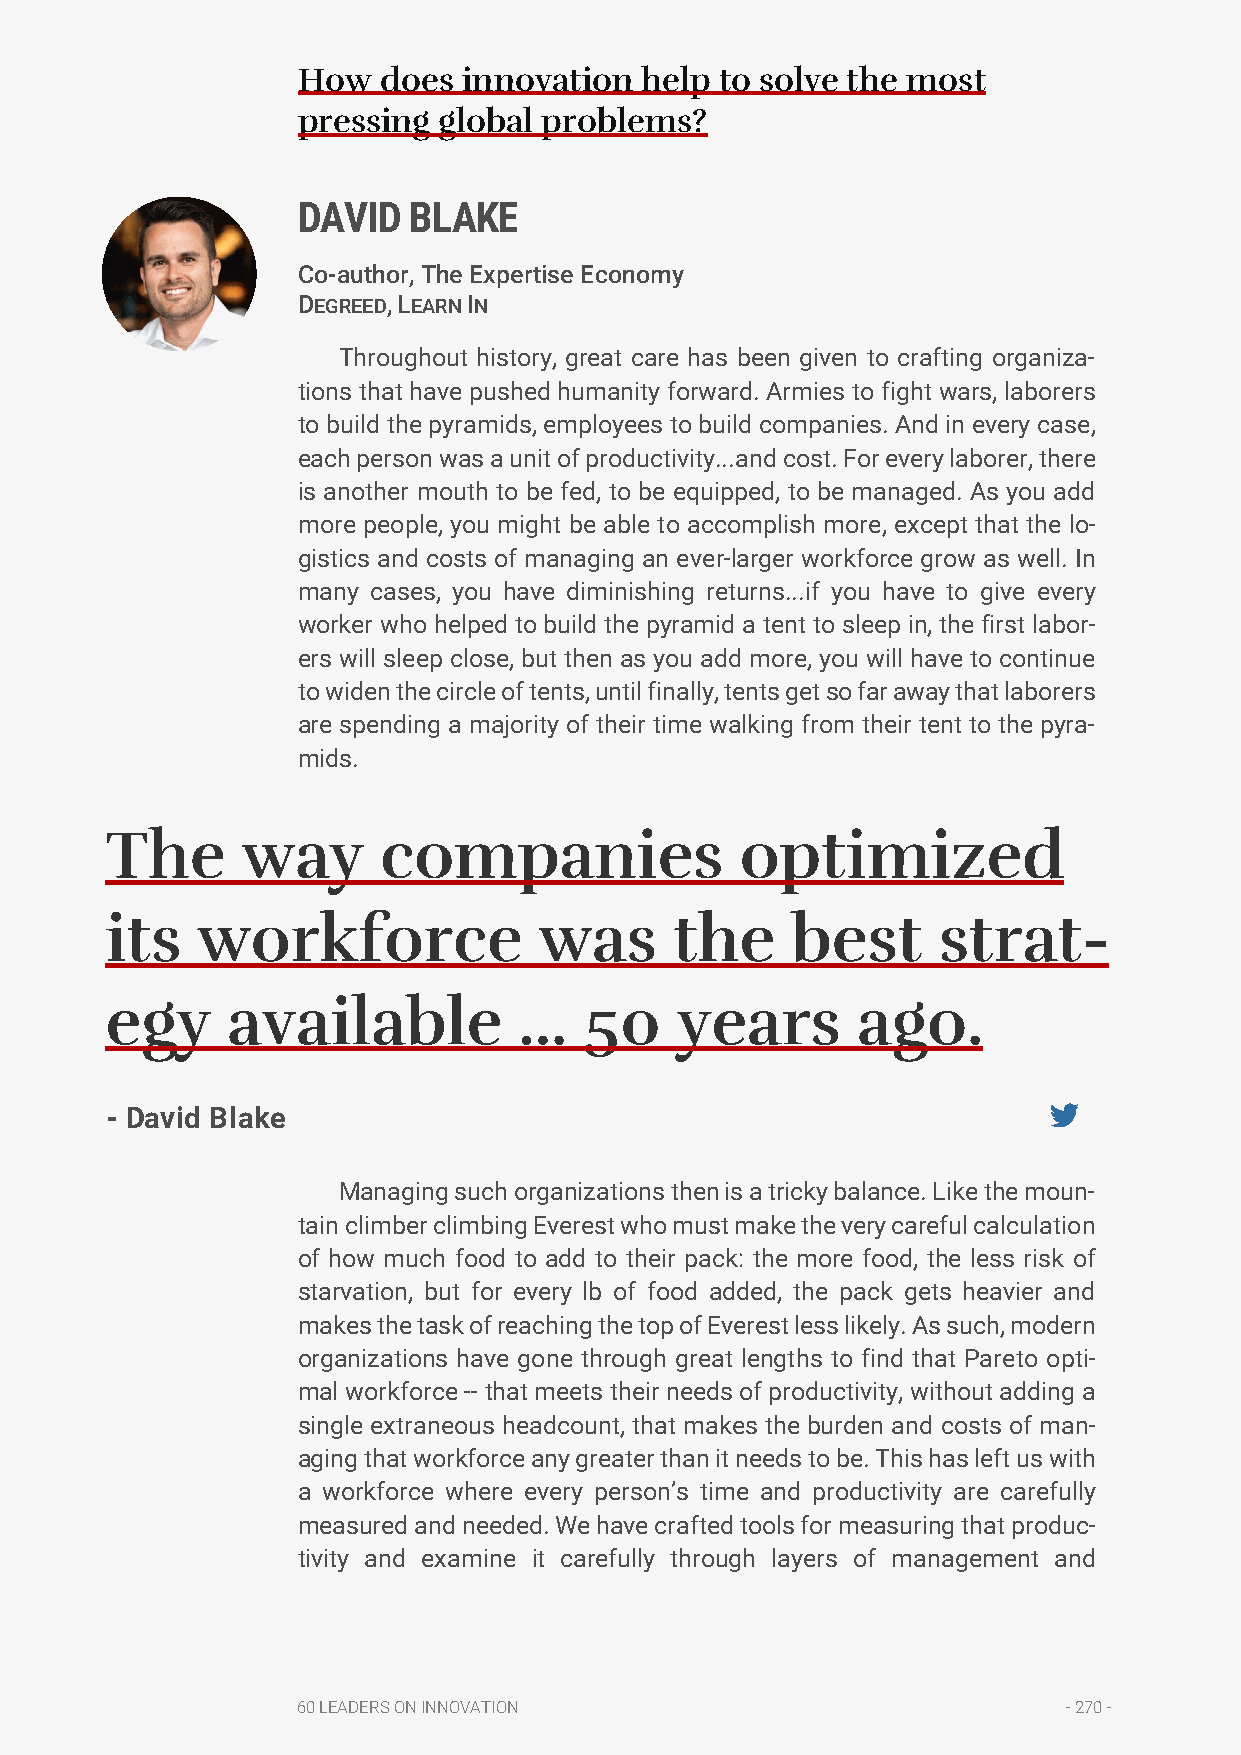
How  does  innovation help  to solve the most
 pressing global problems?
 DAVID  BLAKE
 Co-author, The Expertise Economy
 DEGREED, LEARN IN
 Throughout history, great care has been given to crafting organiza-
 tions that have pushed humanity forward. Armies to fight wars, laborers
 to build the pyramids, employees to build companies. And in every case,
 each person was a unit of productivity...and cost. For every laborer, there
 is another mouth to be fed, to be equipped, to be managed. As you add
 more people, you might be able to accomplish more, except that the lo-
 gistics and costs of managing an ever-larger workforce grow as well. In
 many cases, you have diminishing returns...if you have to give every
 worker who helped to build the pyramid a tent to sleep in, the first labor-
 ers will sleep close, but then as you add more, you will have to continue
 to widen the circle of tents, until finally, tents get so far away that laborers
 are spending a majority of their time walking from their tent to the pyra-
 mids.
 The      way      companies               optimized
 its   workforce              was      the    best      strat-
 egy     available          ...  50    years       ago.
 - David Blake
 Managing such organizations then is a tricky balance. Like the moun-
 tain climber climbing Everest who must make the very careful calculation
 of how much food to add to their pack: the more food, the less risk of
 starvation, but for every lb of food added, the pack gets heavier and
 makes the task of reaching the top of Everest less likely. As such, modern
 organizations have gone through great lengths to find that Pareto opti-
 mal workforce -- that meets their needs of productivity, without adding a
 single extraneous headcount, that makes the burden and costs of man-
 aging that workforce any greater than it needs to be. This has left us with
 a workforce where every person’s time and productivity are carefully
 measured and needed. We have crafted tools for measuring that produc-
 tivity and examine it carefully through layers of management and
 60 LEADERS ON INNOVATION                           - 270 -